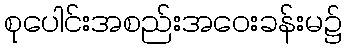
စုပေါင်းအစည်းအဝေးခန်းမ၌